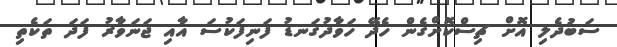
ސަބުދެލި އޮށް ޗިސްކޮށްގެން ހެދޭ ހަވާދުގަނޑު ފަނިފަކުސަ އާއި ޖަނަވާރު ފަދަ ތަކެތި